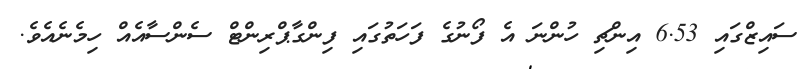
ސައިޒްގައި 6.53 އިންޗި ހުންނަ އެެ ފޯނުގެ ފަހަތުގައި ފިންގާޕްރިންޓް ސެންސާއެއް ހިމެނެއެވެ.